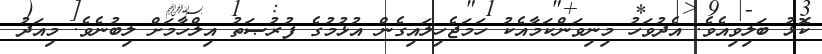
ކޮޅު ބަލިވިއެވެ. އެދުވަހު މިނިވަންކަމާއެކު ހަމަޖެހިލައިގެން އުޅުމުގެ ފުރުޞަތު އިލްހާމަށް ލިބުނެވެ. މިއަދު